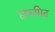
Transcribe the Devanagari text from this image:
हाफसिद